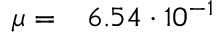
\mu = \phantom { - } 6 . 5 4 \cdot 1 0 ^ { - 1 }